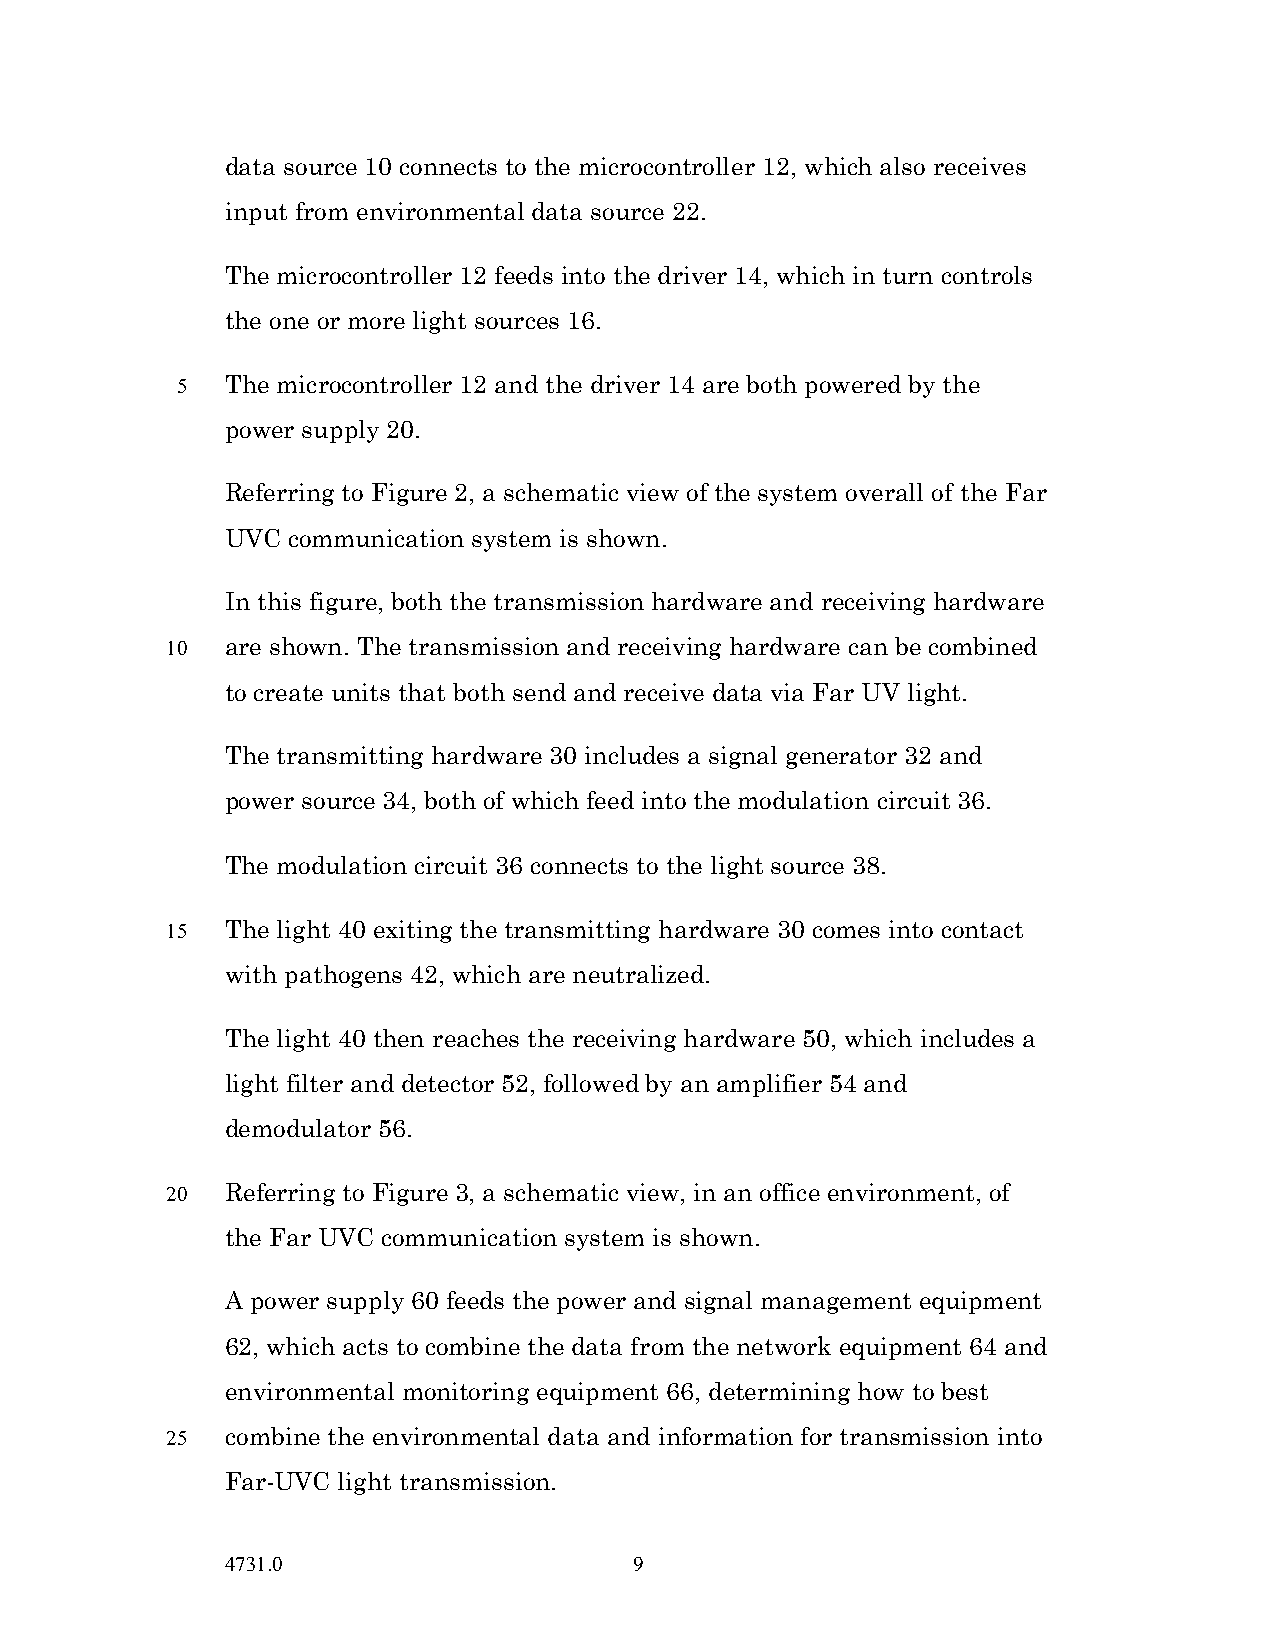
data source 10 connects to the microcontroller 12, which also receives
 input from environmental data source 22.
 The microcontroller 12 feeds into the driver 14, which in turn controls
 the one or more light sources 16.
 5  The microcontroller 12 and the driver 14 are both powered by the
 power supply 20.
 Referring to Figure 2, a schematic view of the system overall of the Far
 UVC communication system is shown.
 In this figure, both the transmission hardware and receiving hardware
 10  are shown. The transmission and receiving hardware can be combined
 to create units that both send and receive data via Far UV light.
 The transmitting hardware 30 includes a signal generator 32 and
 power source 34, both of which feed into the modulation circuit 36.
 The modulation circuit 36 connects to the light source 38.
 15  The light 40 exiting the transmitting hardware 30 comes into contact
 with pathogens 42, which are neutralized.
 The light 40 then reaches the receiving hardware 50, which includes a
 light filter and detector 52, followed by an amplifier 54 and
 demodulator 56.
 20  Referring to Figure 3, a schematic view, in an office environment, of
 the Far UVC communication system is shown.
 A power supply 60 feeds the power and signal management equipment
 62, which acts to combine the data from the network equipment 64 and
 environmental monitoring equipment 66, determining how to best
 25  combine the environmental data and information for transmission into
 Far-UVC light transmission.
 4731.0                     9